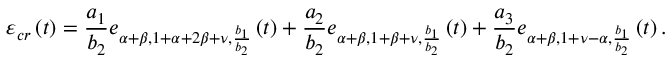
\varepsilon _ { c r } \left( t \right) = \frac { a _ { 1 } } { b _ { 2 } } e _ { \alpha + \beta , 1 + \alpha + 2 \beta + \nu , \frac { b _ { 1 } } { b _ { 2 } } } \left( t \right) + \frac { a _ { 2 } } { b _ { 2 } } e _ { \alpha + \beta , 1 + \beta + \nu , \frac { b _ { 1 } } { b _ { 2 } } } \left( t \right) + \frac { a _ { 3 } } { b _ { 2 } } e _ { \alpha + \beta , 1 + \nu - \alpha , \frac { b _ { 1 } } { b _ { 2 } } } \left( t \right) .